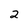
Character: 2